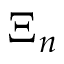
\Xi _ { n }